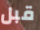
قبل